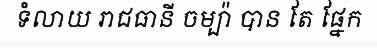
ទំលាយ រាជធានី ចម្ប៉ា បាន តែ ផ្នែក